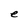
Character: e